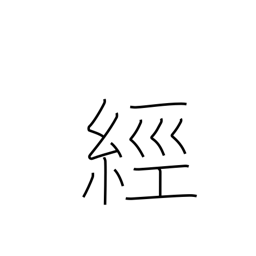
Meaning: pass through